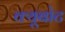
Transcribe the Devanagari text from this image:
क्यूबोट